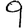
Digit: 9